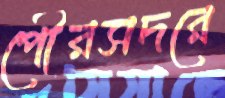
পৌরসদরে